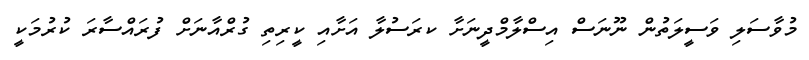
މުވާސަލި ވަސީލަތުން ނޫނަސް އިސްލާމްދީނަށާ ކރަސުލާ އަށާއި ކީރިތި ގުރްއާނަށް ފުރައްސާރަ ކުރުމަކީ